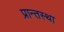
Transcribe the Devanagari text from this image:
प्रान्तस्था